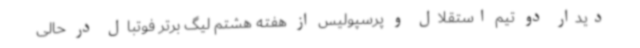
دیدار دو تیم استقلال و پرسپولیس از هفته هشتم لیگ برتر فوتبال در حالی